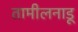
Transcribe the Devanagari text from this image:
तामीलनाडू